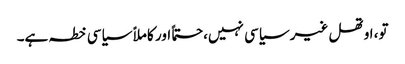
تو، اوتھل غیر سیاسی نہیں، حتماً اور کاملاً سیاسی خطہ ہے۔